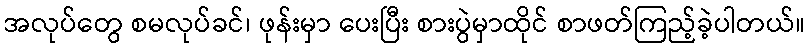
အလုပ်တွေ စမလုပ်ခင်၊ ဖုန်းမှာ ပေးပြီး စားပွဲမှာထိုင် စာဖတ်ကြည့်ခဲ့ပါတယ်။